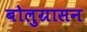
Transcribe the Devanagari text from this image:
बोलुग्रासन